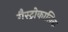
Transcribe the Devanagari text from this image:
गैस्ट्रोकालिक